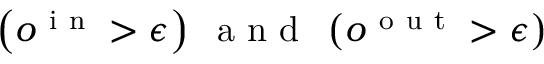
\left( o ^ { \mathrm { ~ i ~ n ~ } } > \epsilon \right) \; \mathrm { ~ a ~ n ~ d ~ } \; \left( o ^ { \mathrm { ~ o ~ u ~ t ~ } } > \epsilon \right)